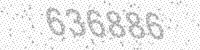
Solution: 636886